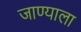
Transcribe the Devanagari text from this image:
जाण्याला